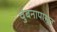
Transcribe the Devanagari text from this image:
चुंबनापासून